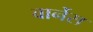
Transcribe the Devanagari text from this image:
वार्नेस